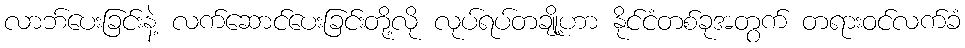
လာဘ်ပေးခြင်းနဲ့ လက်ဆောင်ပေးခြင်းတို့လို လုပ်ရပ်တချို့ဟာ နိုင်ငံတစ်ခုအတွက် တရားဝင်လက်ခံ